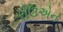
રોઉએન